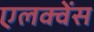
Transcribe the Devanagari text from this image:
एलक्वेंस